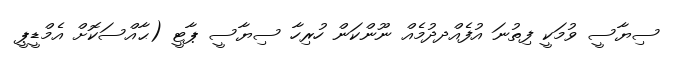
ސިޔާސީ ވުމަކީ ފިތުނަ އުފެއްދދުމެއް ނޫންކަން ހުރިހާ ސިޔާސީ ޕާޓީ (ޙާއްސަކޮށް އެމްޑީޕީ